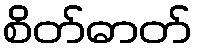
စိတ်ဓာတ်